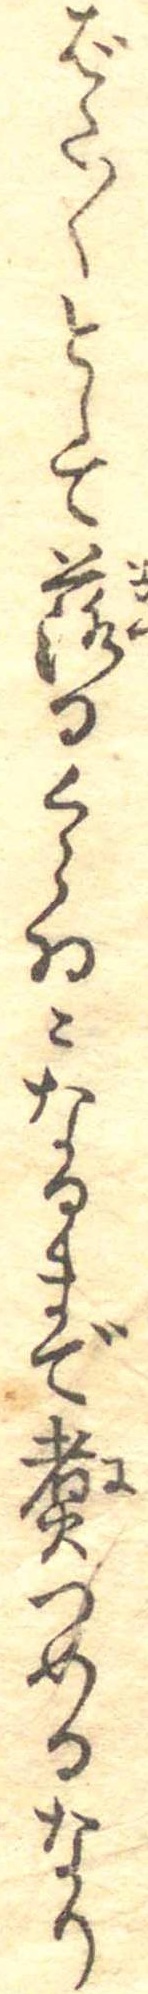
ばた〱として落るくらゐになるまで煮つめるなり